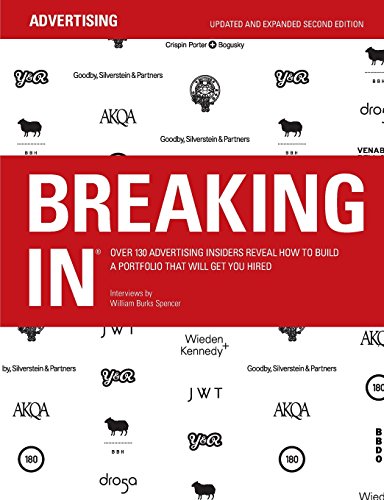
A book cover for BREAKING IN: Over 130 Advertising Insiders Reveal How to Build a Portfolio That Will Get You Hired; Business & Money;